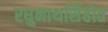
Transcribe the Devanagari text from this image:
रघुनाथसिंहोत